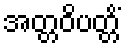
အတ္တဝိပတ္တိံ